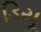
ડિયૂ